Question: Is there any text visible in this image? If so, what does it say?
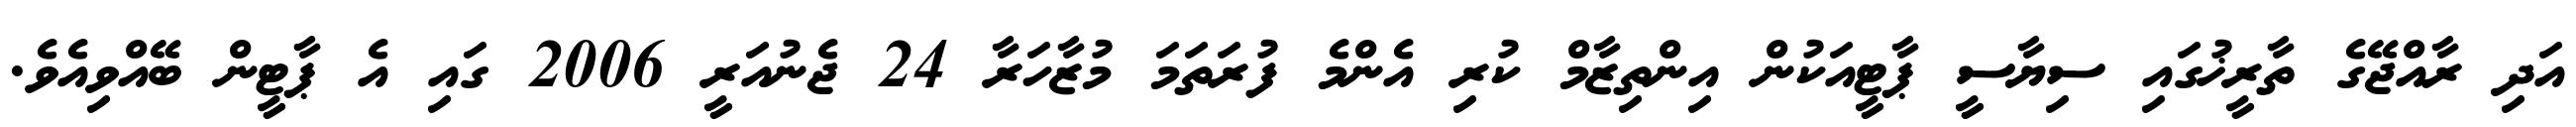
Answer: އަދި ރާއްޖޭގެ ތާރީޚުގައި ސިޔާސީ ޕާޓީއަކުން އިންތިޒާމް ކުރި އެންމެ ފުރަތަމަ މުޒާހަރާ 24 ޖެނުއަރީ 2006 ގައި އެ ޕާޓީން ބޭއްވިއެވެ.